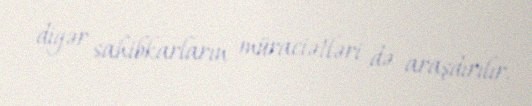
digər sahibkarların müraciətləri də araşdırılır.